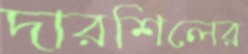
দারশিলের